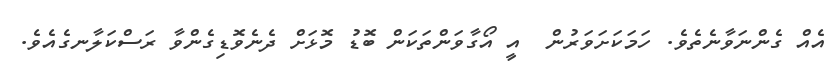
އެއް ގެންނަވާނެތެވެ. ހަމަކަށަވަރުން  އީ އޯގާވަންތަކަން ބޮޑު މޮޅަށް ދެނެވޮޑިގެންވާ ރަސްކަލާނގެއެވެ.